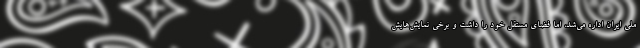
ملی ایران اداره می‌شد، اما فضای مستقل خود را داشت و برخی نمایش‌هایش